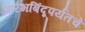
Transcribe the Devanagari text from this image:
आरंभबिंदूपर्यंतचे